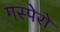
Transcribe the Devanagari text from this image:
गस्पेरो